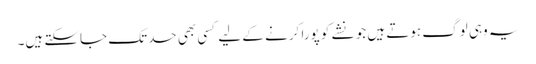
یہ وہی لوگ ہوتے ہیں جو نشے کو پورا کرنے کے لیے کسی بھی حدتک جاسکتے ہیں۔